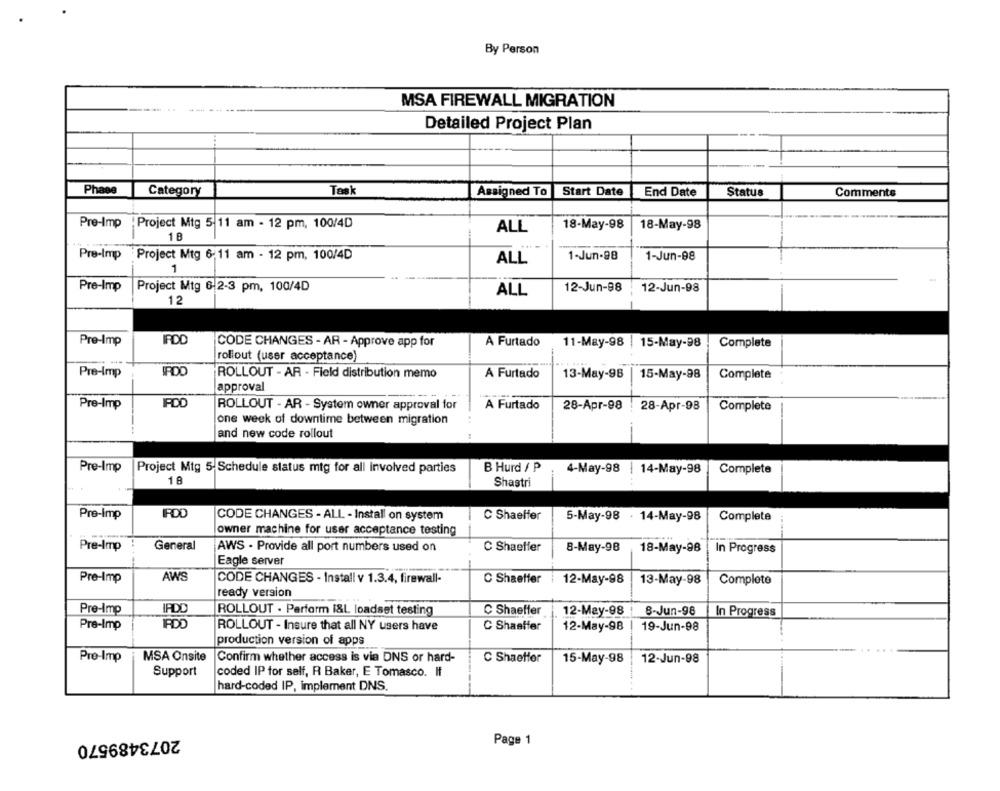
By Person
MSA FIREWALL MIGRATION
Detailed Project Plan
Phase
Task
Start Date
Category
Assigned To
End Date
Status
Comments
Pre-Imp
Project Mtg 5 11 am - 12 pm, 100/4D
ALL
18-May-98
18-May-98
1 B
Pre-Imp
Project Mtg 6:11 am - 12 pm, 100/4D
ALL
1-Jun-98
1-Jun-98
1
Pre-Imp
Project Mtg 6-2-3 pm, 100/4D
ALL
12-Jun-98
12-Jun-98
12
IRDD
Pre-Imp
CODE CHANGES - AR - Approve app for
A Furtado
11-May-98 | 15-May-98
Complete
rollout (user acceptance)
IPDO
Pre-Imp
ROLLOUT - AR - Field distribution memo
A Furtado
13-May-98
15-May-98
Complete
approval
PDD
Pre-Imp
ROLLOUT - AR - System owner approval for
A Furtado
28-Apr-98 . 28-Apr-98
Complete
one week of downtime between migration
and new code rollout
B Hurd / P
Pre-Imp
Project Mtg 5 Schedule status mtg for all involved parties
4-May-98 | 14-May-98
Complete
18
Shastri
Pre-Imp
IPOD
CODE CHANGES - ALL - Install on system
C Shaeffer
5-May-98 . 14-May-98
Complete
owner machine for user acceptance testing
Pre-Imp
General
AWS - Provide all port numbers used on
C Shaeffer
8-May-98
18-May-98
In Progress
Eagle server
AWS
Pre-Imp
CODE CHANGES - Install v 1.3.4, firewall-
C Shaetter |12-May-98
13-May-98
Complete
ready version
Pre-Imp
IFDD
ROLLOUT . Perform I&L loadset testing
C Shaeffer
12-May-98
8-Jun-98
In Progress
Pre-Imp
IPDO
ROLLOUT - Insure that all NY users have
C Shaaffer
12-May-98
19-Jun-98
production version of apps
Pre-Imp
MSA Onsite
Confirm whether access is via DNS or hard-
C Shaeffer
15-May-98
12-Jun-98
Support
coded IP for self, R Baker, E Tomasco. If
hard-coded IP, implement DNS.
2073489570
Page 1